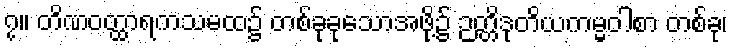
၇။ တိဏဝတ္ထာရကသမထ၌ တစ်ခုခုသောအဖို့၌ ဉတ္တိဒုတိယကမ္မဝါစာ တစ်ခု၊